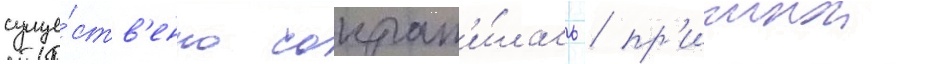
суще́ств'енно сократ'и́лась / пр'ичинои